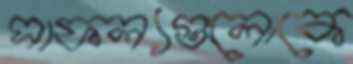
সাফল্যগুলোকে